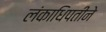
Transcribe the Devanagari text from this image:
लंकाधिपतीने